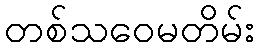
တစ်သဝေမတိမ်း